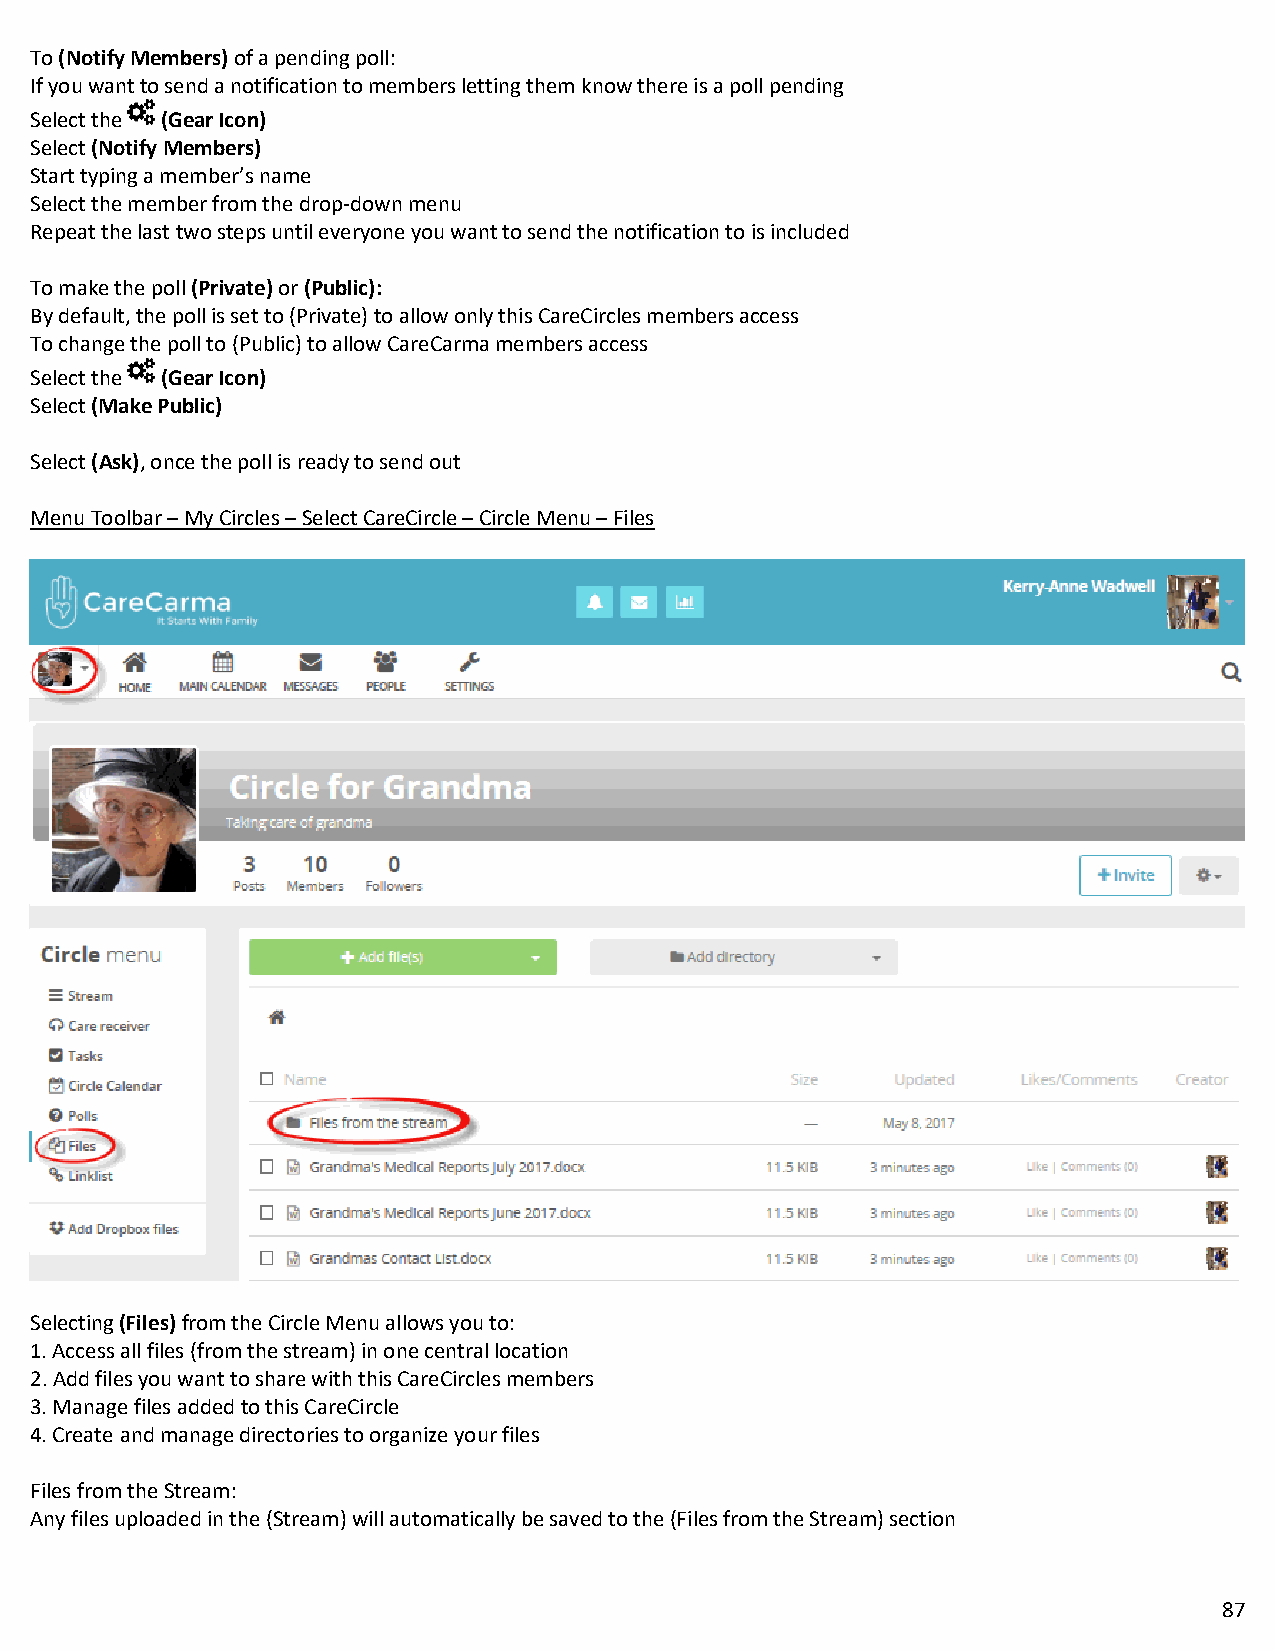
To (Notify Members) of a pending poll:
 If you want to send a notification to members letting them know there is a poll pending
 Select the (Gear Icon)
 Select (Notify Members)
 Start typing a member’s name
 Select the member from the drop-down menu
 Repeat the last two steps until everyone you want to send the notification to is included
 To make the poll (Private) or (Public):
 By default, the poll is set to (Private) to allow only this CareCircles members access
 To change the poll to (Public) to allow CareCarma members access
 Select the (Gear Icon)
 Select (Make Public)
 Select (Ask), once the poll is ready to send out
 Menu Toolbar – My Circles – Select CareCircle – Circle Menu – Files
 Selecting (Files) from the Circle Menu allows you to:
 1. Access all files (from the stream) in one central location
 2. Add files you want to share with this CareCircles members
 3. Manage files added to this CareCircle
 4. Create and manage directories to organize your files
 Files from the Stream:
 Any files uploaded in the (Stream) will automatically be saved to the (Files from the Stream) section
 87